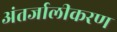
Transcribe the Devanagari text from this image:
अंतर्जालीकरण